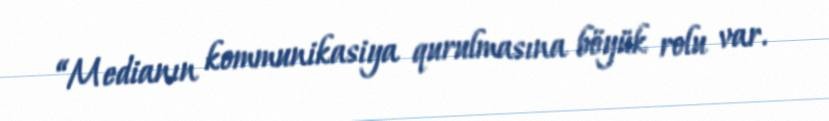
“Medianın kommunikasiya qurulmasına böyük rolu var.